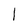
Character: l